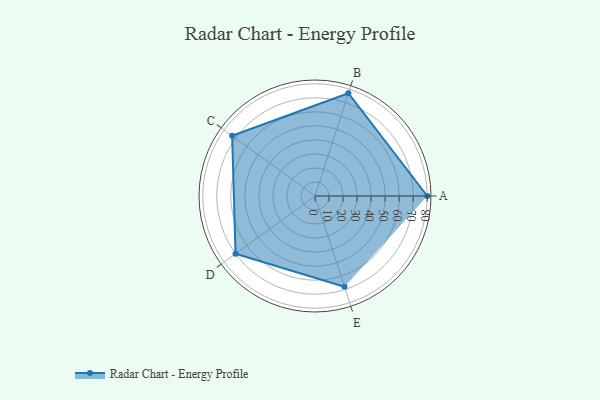
{"axis": {"x": "Skill", "y": "Score"}, "legend": ["Profile"], "data": [{"x": "A", "y": 80.0, "type": "Profile"}, {"x": "B", "y": 77.0, "type": "Profile"}, {"x": "C", "y": 73.0, "type": "Profile"}, {"x": "D", "y": 70.0, "type": "Profile"}, {"x": "E", "y": 68.0, "type": "Profile"}]}